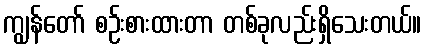
ကျွန်တော် စဉ်းစားထားတာ တစ်ခုလည်းရှိသေးတယ်။